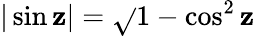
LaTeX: |\sin\mathbf{z}|=\sqrt{}{{1-\cos^{2}\mathbf{z}}}